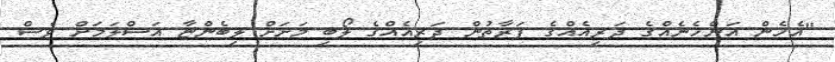
"އެހެން އަންހެނެއްގެ ދަރިއެއްގެ ފަރާތުން ދަރިއެއްގެ ލޯބި މަށަށް ލިބެންޏާ އަސްލަމަށް ވެސް